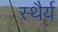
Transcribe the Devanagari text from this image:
स्‍थैर्य